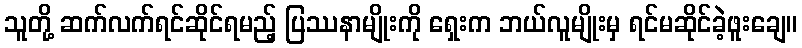
သူတို့ ဆက်လက်ရင်ဆိုင်ရမည့် ပြဿနာမျိုးကို ရှေးက ဘယ်လူမျိုးမှ ရင်မဆိုင်ခဲ့ဖူးချေ။